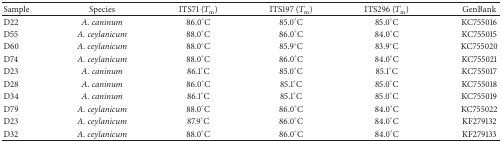
<table><thead><tr><td><b>Sample </b></td><td><b>Species</b></td><td><b>ITS71 (<i>T</i><sub>m</sub>)</b></td><td><b>ITS197 (<i>T</i><sub>m</sub>)</b></td><td><b>ITS296 (<i>T</i><sub>m</sub>)</b></td><td><b>GenBank</b></td></tr></thead><tbody><tr><td>D22</td><td><i>A. caninum</i></td><td>86.0°C</td><td>85.0°C</td><td>85.0°C</td><td>KC755016</td></tr><tr><td>D55</td><td><i>A. ceylanicum</i></td><td>88.0°C</td><td>86.0°C</td><td>84.0°C</td><td>KC755015</td></tr><tr><td>D60</td><td><i>A. ceylanicum</i></td><td>88.0°C</td><td>85.9°C</td><td>83.9°C</td><td>KC755020</td></tr><tr><td>D74</td><td><i>A. ceylanicum</i></td><td>88.0°C</td><td>86.0°C</td><td>84.0°C</td><td>KC755021</td></tr><tr><td>D23</td><td><i>A. caninum</i></td><td>86.1°C</td><td>85.0°C</td><td>85.1°C</td><td>KC755017</td></tr><tr><td>D28</td><td><i>A. caninum</i></td><td>86.0°C</td><td>85.1°C</td><td>85.0°C</td><td>KC755018</td></tr><tr><td>D34</td><td><i>A. caninum</i></td><td>86.1°C</td><td>85.1°C</td><td>85.0°C</td><td>KC755019</td></tr><tr><td>D79</td><td><i>A. ceylanicum</i></td><td>88.0°C</td><td>86.0°C</td><td>84.0°C</td><td>KC755022</td></tr><tr><td>D23</td><td><i>A. ceylanicum</i></td><td>87.9°C</td><td>86.0°C</td><td>84.0°C</td><td>KF279132</td></tr><tr><td>D32</td><td><i>A. ceylanicum</i></td><td>88.0°C</td><td>86.0°C</td><td>84.0°C</td><td>KF279133</td></tr></tbody></table>